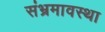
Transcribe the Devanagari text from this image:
संभ्रमावस्था